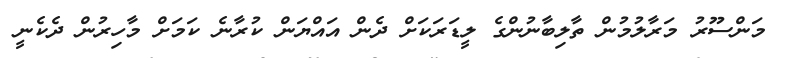
މަންސޫރު މަރާލުމުން ތާލިބާނުންގެ ލީޑަރަކަށް ދެން އައްޔަން ކުރާނެ ކަމަށް މާހިރުން ދެކެނީ